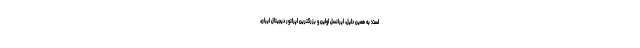
است؛ به همین دلیل، ایرانسل اولین و بزرگترین اپراتور دیجیتال ایران،